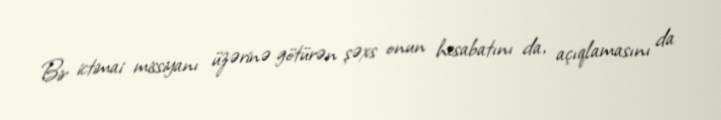
Bir ictimai missiyanı üzərinə götürən şəxs onun hesabatını da, açıqlamasını da